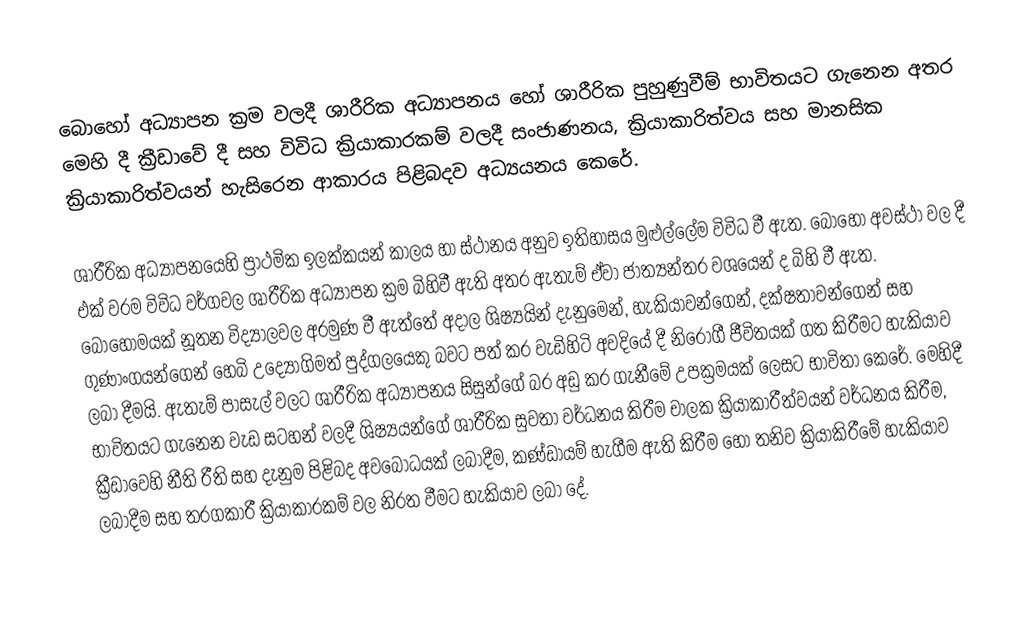
බොහෝ අධ්‍යාපන ක්‍රම වලදී ශාරීරික අධ්‍යාපනය හෝ ශාරීරික පුහුණුවීම් භාවිතයට ගැනෙන අතර මෙහි දී ක්‍රීඩාවේ දී සහ විවිධ ක්‍රියාකාරකම් වලදී සංජාණනය, ක්‍රියාකාරිත්වය සහ මානසික ක්‍රියාකාරිත්වයන් හැසිරෙන ආකාරය පිළිබදව අධ්‍යයනය කෙරේ.

ශාරීරික අධ්‍යාපනයෙහි ප්‍රාථමික ඉලක්කයන් කාලය හා ස්ථානය අනුව ඉතිහාසය මුළුල්ලේම විවිධ වී ඇත. බොහෝ අවස්ථා වල දී එක් වරම විවිධ වර්ගවල ශාරීරික අධ්‍යාපන ක්‍රම බිහිවී ඇති අතර ඇතැම් ඒවා ජාත්‍යන්තර වශයෙන් ද බිහි වී ඇත. බොහොමයක් නූතන විද්‍යාලවල අරමුණ වී ඇත්තේ අදාල ශිෂ්‍යයින් දැනුමෙන්, හැකියාවන්ගෙන්, දක්ෂතාවන්ගෙන් සහ ගුණාංගයන්ගෙන් හෙබි උද්‍යෝගිමත් පුද්ගලයෙකු බවට පත් කර වැඩිහිටි අවදියේ දී නිරෝගී ජීවිතයක් ගත කිරීමට හැකියාව ලබා දීමයි. ඇතැම් පාසැල් වලට ශාරීරික අධ්‍යාපනය සිසුන්ගේ  බර අඩු කර ගැනීමේ උපක්‍රමයක් ලෙසට භාවිතා කෙරේ. මෙහිදී භාවිතයට ගැනෙන වැඩ සටහන් වලදී ශිෂ්‍යයන්ගේ ශාරීරික සුවතා වර්ධනය කිරීම චාලක ක්‍රියාකාරීත්වයන් වර්ධනය කිරීම, ක්‍රීඩාවෙහි නීති රීති සහ දැනුම පිළිබද අවබෝධයක් ලබාදීම, කණ්ඩායම් හැගීම ඇති කිරීම හෝ තනිව ක්‍රියාකිරීමේ හැකියාව ලබාදීම සහ තරගකාරී ක්‍රියාකාරකම් වල නිරත වීමට හැකියාව ලබා දේ.